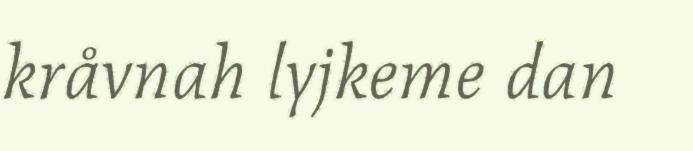
kråvnah lyjkeme dan